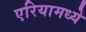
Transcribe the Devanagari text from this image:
एरियामध्ये